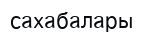
сахабалары